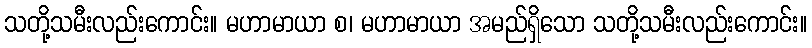
သတို့သမီးလည်းကောင်း။ မဟာမာယာ စ၊ မဟာမာယာ အမည်ရှိသော သတို့သမီးလည်းကောင်း။